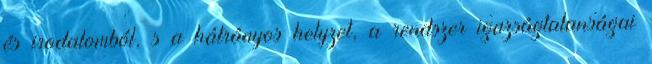
és irodalomból, s a hátrányos helyzet, a rendszer igazságtalanságai